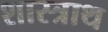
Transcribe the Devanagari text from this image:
शास्त्राथ